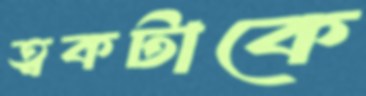
ত্বকটাকে